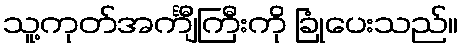
သူ့ကုတ်အင်္ကျီကြီးကို ခြုံပေးသည်။